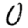
Digit: 0